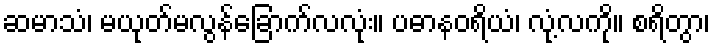
ဆမာသံ၊ မယုတ်မလွန်ခြောက်လလုံး။ ပဓာနဝရိယံ၊ လုံ့လကို။ စရိတွာ၊